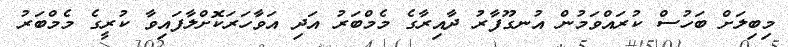
މިބިލަށް ބަހުސް ކުރައްވަމުން އުނގޫފާރު ދާއިރާގެ މެމްބަރު އަދި އަވާހަރަކޮށްލާފައިވާ ކުރީގެ މެމްބަރު